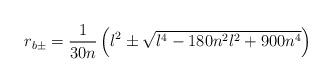
LaTeX: \begin{align*}r_{b \pm} = {1 \over 30 n}\left(l^2\pm \sqrt{l^4-180n^2l^2+900n^4}\right)\end{align*}